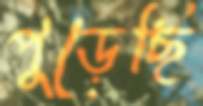
পুড়েছি